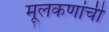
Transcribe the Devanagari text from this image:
मूलकणांची